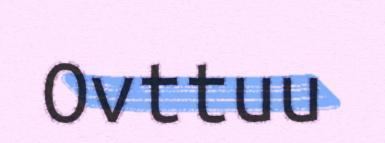
Ovttuu